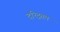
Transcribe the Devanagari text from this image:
दरिद्रतम